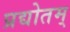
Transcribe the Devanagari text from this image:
प्रद्योतम्